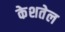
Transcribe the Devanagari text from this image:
केशतेल